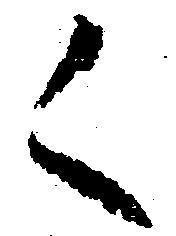
く